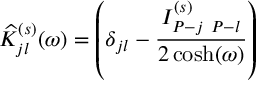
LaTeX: \widehat { \cal K } _ { j l } ^ { ( s ) } ( \omega ) = \left( \delta _ { j l } - \frac { { \cal I } _ { P - j \ P - l } ^ { ( s ) } } { 2 \cosh ( \omega ) } \right)